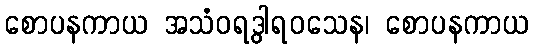
စောပနကာယ အသံဝရဒွါရဝသေန၊ စောပနကာယ